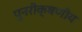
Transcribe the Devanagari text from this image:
पुनरीक्षणीय